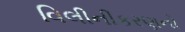
વિલીનીકરણનો